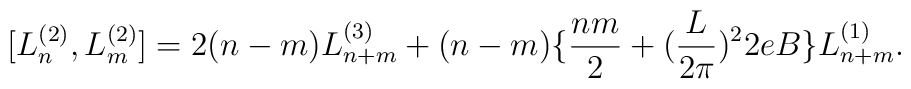
[L^{(2)}_{n},L^{(2)}_{m}]=2(n-m)L^{(3)}_{n+m}+(n-m)\{\frac{nm}{2}+(\frac{L}{2\pi})^{2}2eB\}L^{(1)}_{n+m}.